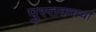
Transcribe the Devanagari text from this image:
पुस्तकचर्चा